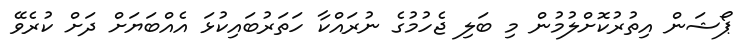
ޕޯޝަން އިތުރުކޮށްލުމުން މި ބަލި ޖެހުމުގެ ނުރައްކާ ހަތަރުބައިކުޅަ އެއްބަޔަށް ދަށް ކުރެވޭ